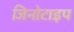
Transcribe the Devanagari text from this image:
जिनोटाइप